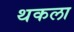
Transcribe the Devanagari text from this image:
थकला